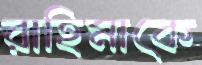
রাহিমাকে